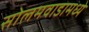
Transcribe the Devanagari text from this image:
सोलमवाडामध्ये